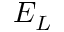
E _ { L }